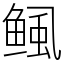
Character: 鲺